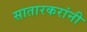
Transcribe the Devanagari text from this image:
सातारकरांनी